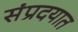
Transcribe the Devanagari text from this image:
संप्रदयात